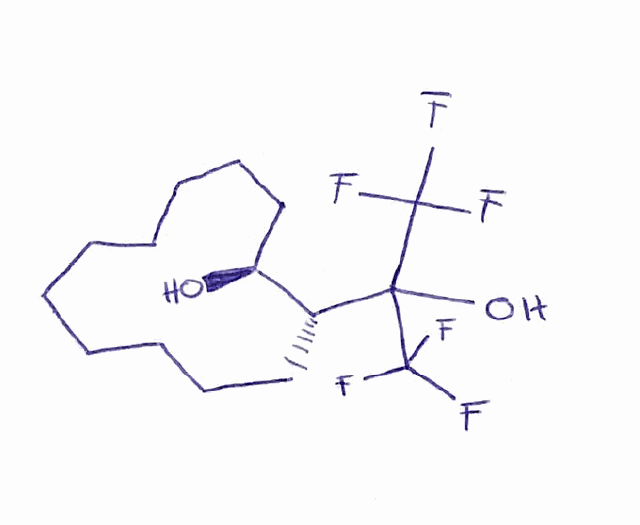
Simplified molecular-input line-entry system (SMILES) notation of the given molecule:
C1CCCCC[C@@H]([C@@H](CCCC1)C(C(F)(F)F)(C(F)(F)F)O)O